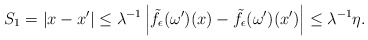
\begin{align*}S_1=\vert x-x^\prime \vert \leq \lambda ^{-1} \left\vert \tilde f_\epsilon (\omega ^\prime) (x) - \tilde f_\epsilon (\omega ^\prime) (x^\prime) \right\vert \leq \lambda ^{-1} \eta .\end{align*}